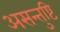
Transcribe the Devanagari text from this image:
असन्तुष्टि